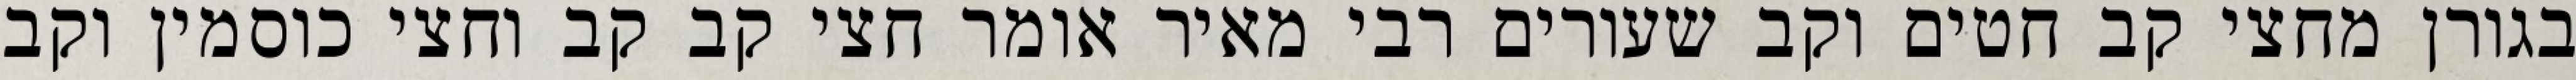
בגורן מחצי קב חטים וקב שעורים רבי מאיר אומר חצי קב קב וחצי כוסמין וקב